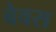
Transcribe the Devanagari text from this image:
बेवस